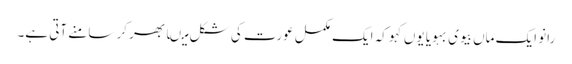
رانو ایک ماں بیوی بہویا یوں کہو کہ ایک مکمل عورت کی شکل میںابھر کر سامنے آتی ہے۔